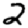
Digit: 2